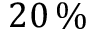
2 0 \, \%